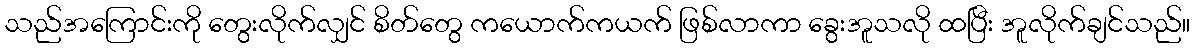
သည်အကြောင်းကို တွေးလိုက်လျှင် စိတ်တွေ ကယောက်ကယက် ဖြစ်လာကာ ခွေးအူသလို ထပြီး အူလိုက်ချင်သည်။